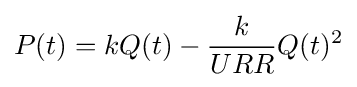
P(t)=kQ(t)-{\frac {k}{URR}}Q(t)^{2}